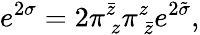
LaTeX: e^{2\sigma}=2\pi_{~z}^{\bar{z}}\pi_{~\bar{z}}^{z}e^{2\tilde{\sigma}},